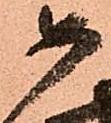
如